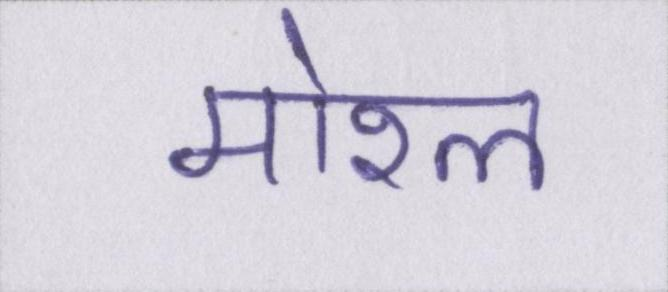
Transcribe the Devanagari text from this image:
मोरल